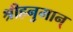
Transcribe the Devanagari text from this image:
श्रीहनुमान्